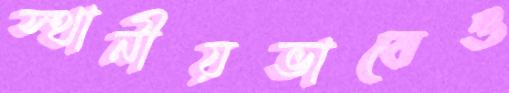
স্থানীয়ভাবেও